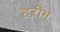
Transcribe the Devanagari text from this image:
हरीम